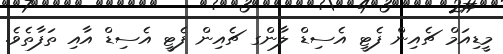
މީޑިއަމް ޗެއިން ފެޓީ އެސިޑް ލާންގ ޗެއިން ފެޓީ އެސިޑް އާއި ތަފާތެވެ.